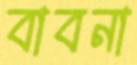
বাবনা